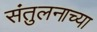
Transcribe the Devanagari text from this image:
संतुलनाच्या